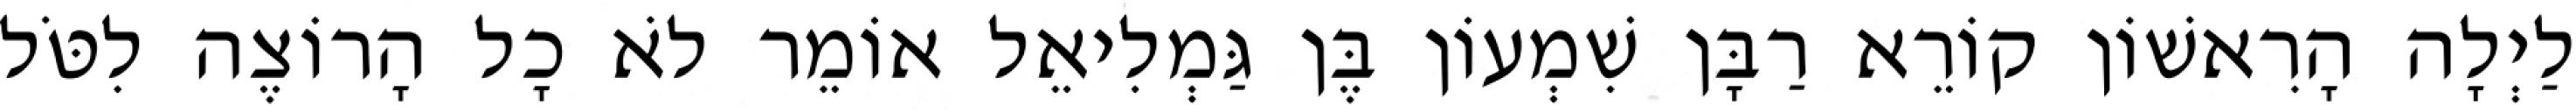
לַיְלָה הָרִאשׁוֹן קוֹרֵא רַבָּן שִׁמְעוֹן בֶּן גַּמְלִיאֵל אוֹמֵר לֹא כָל הָרוֹצֶה לִטֹּל